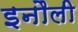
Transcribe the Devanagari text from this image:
इनौली